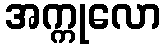
အက္ကုလော